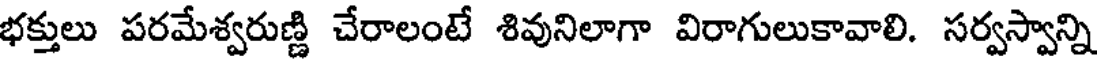
భక్తులు పరమేశ్వరుణ్ణి చేరాలంటే శివునిలాగా విరాగులుకావాలి. సర్వస్వాన్ని